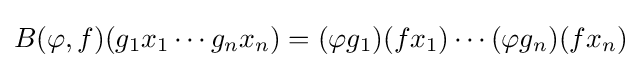
B(\varphi ,f)(g_{1}x_{1}\cdots g_{n}x_{n})=(\varphi g_{1})(fx_{1})\cdots (\varphi g_{n})(fx_{n})